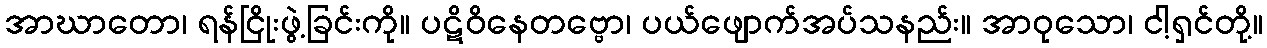
အာဃာတော၊ ရန်ငြိုးဖွဲ့ခြင်းကို။ ပဋိဝိနေတဗ္ဗော၊ ပယ်ဖျောက်အပ်သနည်း။ အာဝုသော၊ ငါ့ရှင်တို့။